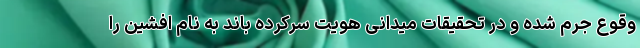
وقوع جرم شده و در تحقیقات میدانی هویت سرکرده باند به نام افشین را